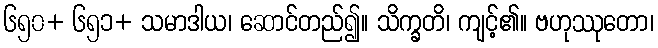
၆၅၀+ ၆၅၁+ သမာဒါယ၊ ဆောင်တည်၍။ သိက္ခတိ၊ ကျင့်၏။ ဗဟုဿုတော၊